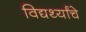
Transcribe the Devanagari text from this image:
विद्यर्थ्यांचे